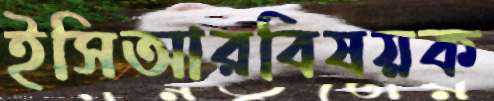
ইসিআরবিষয়ক